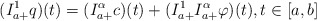
\begin{align*}(I_{a+}^{1}q)(t)= (I^{\alpha}_{a+} c )(t) +(I^{1}_{a+} I^{\alpha}_{a+} \varphi )(t),t \in [a,b]\end{align*}